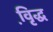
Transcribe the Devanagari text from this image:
वृि़द्ध